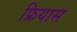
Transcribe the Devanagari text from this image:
फ्रियास